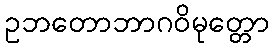
ဥဘတောဘာဂဝိမုတ္တော